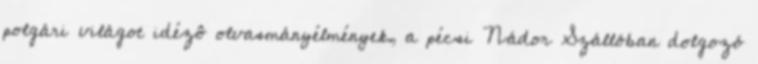
polgári világot idézô olvasmányélmények, a pécsi Nádor Szállóban dolgozó